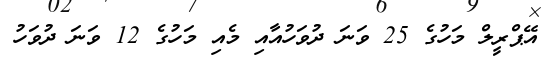
އޭޕްރީލް މަހުގެ 25 ވަނަ ދުވަހުއާއި މެއި މަހުގެ 12 ވަނަ ދުވަހު